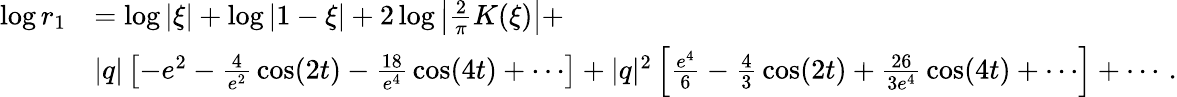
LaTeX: \begin{array}{rl}{\log r_{1}}&{=\log|\xi|+\log|1-\xi|+2\log\left|{\frac{2}{\pi}}K(\xi)\right|+}\\ &{|q|\left[-e^{2}-{\frac{4}{e^{2}}}\cos(2t)-{\frac{18}{e^{4}}}\cos(4t)+\cdots\right]+|q|^{2}\left[{\frac{e^{4}}{6}}-{\frac{4}{3}}\cos(2t)+{\frac{26}{3e^{4}}}\cos(4t)+\cdots\right]+\cdots\, .}\end{array}